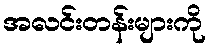
အလင်းတန်းများကို